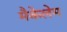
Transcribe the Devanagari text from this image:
मैकेलेम